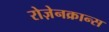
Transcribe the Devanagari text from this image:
रोज़ेनक्रान्स